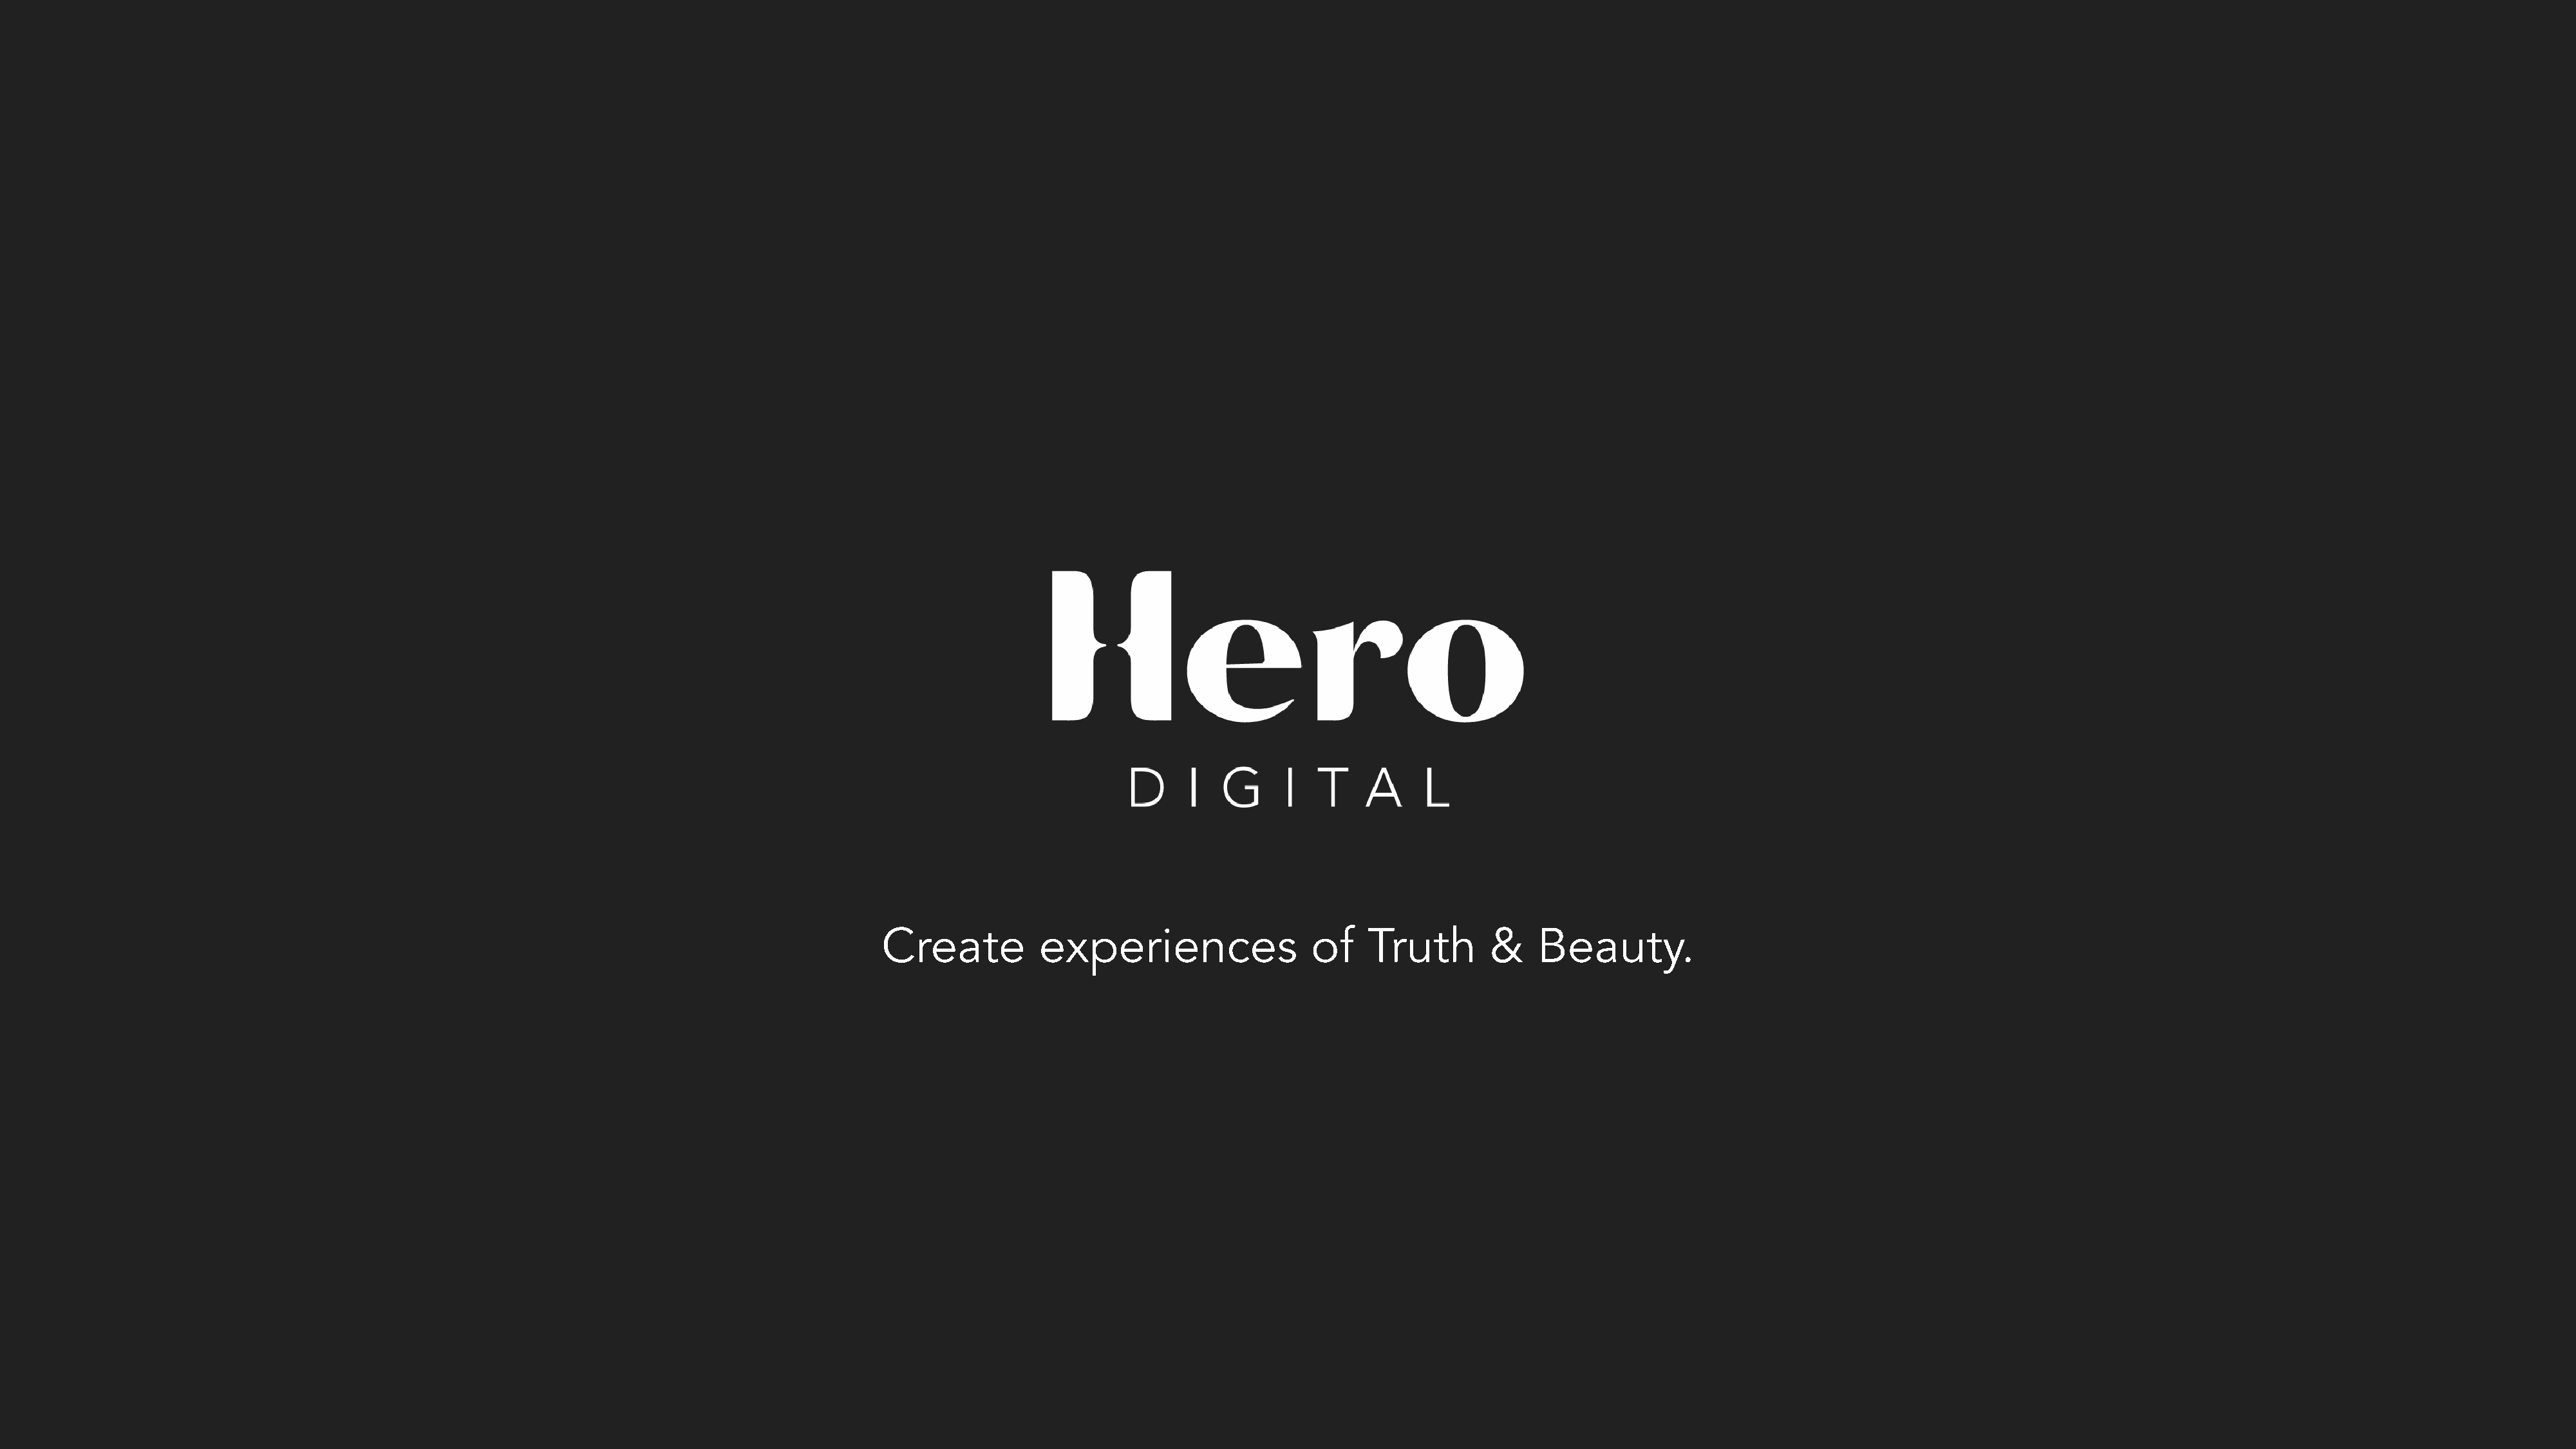
Create          experiences                 of    Truth       &    Beauty.